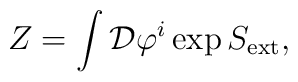
Z=\int{\cal D}\varphi^{i}\exp S_{\rm ext},